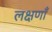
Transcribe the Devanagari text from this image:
लक्षणाँ